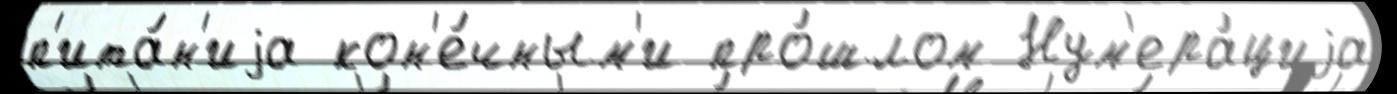
п'ита́н'иjа кон'е́чным'и про́шлом Нум'ера́циjа